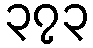
၃၇၃